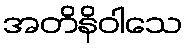
အတိနိဝါသေ